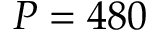
P = 4 8 0